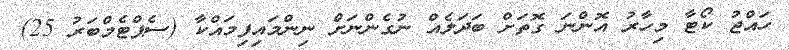
ހައްޖު ކޯޓާ މިހާރު އޮންނަ ގޮތަށް ބަދަލެއް ނުގެންނަށް ނިންމައިފިމައްކާ (ސެޕްޓެމްބަރު 25)